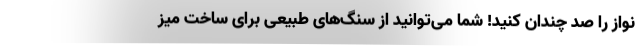
نواز را صد چندان کنید! شما می‌توانید از سنگ‌های طبیعی برای ساخت میز